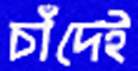
চাঁদেই